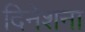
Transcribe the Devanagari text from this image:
दिनेशना